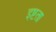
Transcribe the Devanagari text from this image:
इष्टता